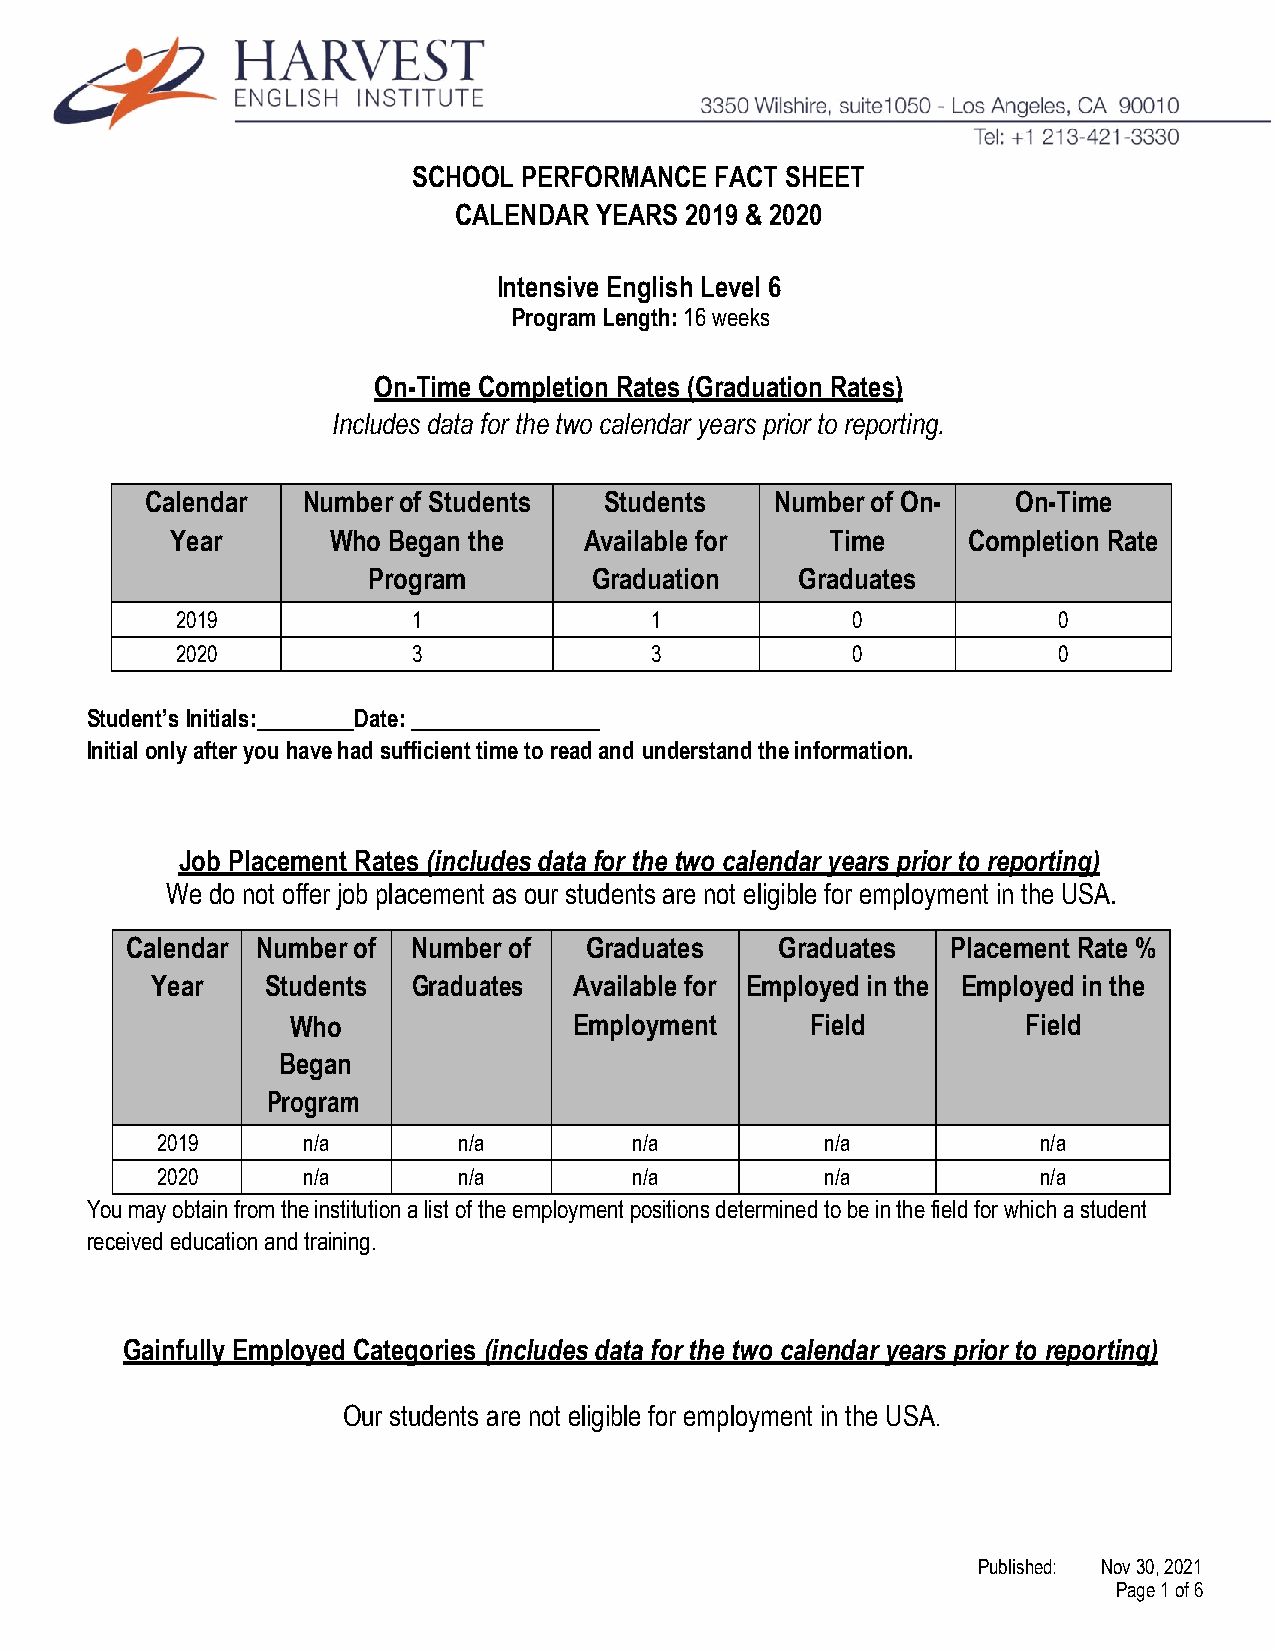
SCHOOL  PERFORMANCE FACT SHEET
 CALENDAR YEARS 2019 & 2020
 Intensive English Level 6
 Program Length: 16 weeks
 On-Time Completion Rates (Graduation Rates)
 Includes data for the two calendar years prior to reporting.
 Calendar  Number of Students  Students   Number of On-   On-Time
 Year       Who Began the    Available for   Time     Completion Rate
 Program        Graduation    Graduates
 2019           1               1            0             0
 2020           3               3            0             0
 Student’s Initials: Date:
 Initial only after you have had sufficient time to read and understand the information.
 Job Placement Rates (includes data for the two calendar years prior to reporting)
 We do not offer job placement as our students are not eligible for employment in the USA.
 Calendar Number of Number of   Graduates    Graduates  Placement Rate %
 Year    Students Graduates  Available for Employed in the Employed in the
 Who                Employment      Field         Field
 Began
 Program
 2019      n/a       n/a         n/a          n/a           n/a
 2020      n/a       n/a         n/a          n/a           n/a
 You may obtain from the institution a list of the employment positions determined to be in the field for which a student
 received education and training.
 Gainfully Employed Categories (includes data for the two calendar years prior to reporting)
 Our students are not eligible for employment in the USA.
 Published: Nov 30, 2021
 Page 1 of 6